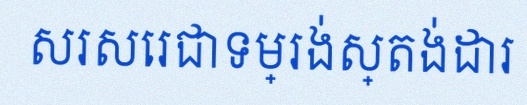
សរសេរជាទម្រង់ស្តង់ដារ